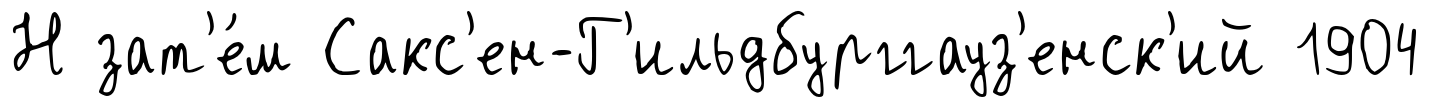
Н зат'е́м Сакс'ен-Г'ильдбурггауз'енск'ий 1904